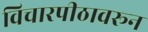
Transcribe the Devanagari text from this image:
विचारपीठावरून